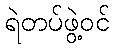
ရဲတပ်ဖွဲ့ဝင်